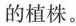
的植株。